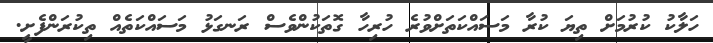
ހަލާކު ކުރުމަށް ތިޔަ ކުރާ މަސައްކަތަށްވުރެ ހުރިހާ ގޮތަކުންވެސް ރަނގަޅު މަސައްކަތެއް ތިކުރަންފެށީ.